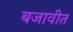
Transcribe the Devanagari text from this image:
बजावीत